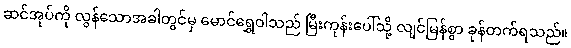
ဆင်အုပ်ကို လွန်သောအခါတွင်မှ မောင်ရွှေဝါသည် မြီးကုန်းပေါ်သို့ လျင်မြန်စွာ ခုန်တက်ရသည်။